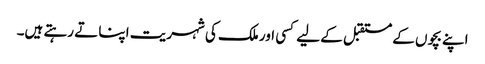
اپنے بچوں کے مستقبل کے لیے کسی اور ملک کی شہریت اپنا تے رہتے ہیں۔